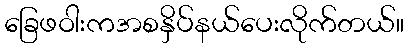
ခြေဖဝါးကအစနှိပ်နယ်ပေးလိုက်တယ်။